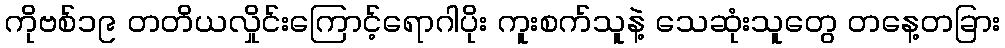
ကိုဗစ်၁၉ တတိယလှိုင်းကြောင့်ရောဂါပိုး ကူးစက်သူနဲ့ သေဆုံးသူတွေ တနေ့တခြား